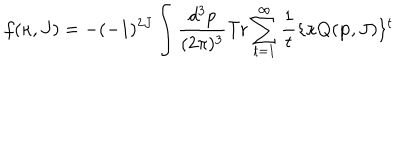
LaTeX: f ( \kappa , J ) = - ( - 1 ) ^ { 2 J } \int \frac { d ^ { 3 } p } { ( 2 \pi ) ^ { 3 } } \mathrm { T r } \sum _ { t = 1 } ^ { \infty } \frac { 1 } { t } \{ \kappa Q ( { \bf p } , J ) \} ^ { t }